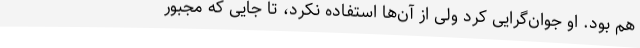
هم بود. او جوان‌گرایی‌ کرد ولی از آن‌ها استفاده نکرد، تا جایی که مجبور